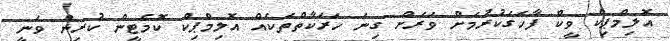
އޮލިމްޕިކް ވީކް ފާހަގަކުރުމަށް ވަރަށް ގިނަ ހަރަކާތްތަކެއް އޮލިމްޕިކް ކޮމެޓީން ކުރިން ވަނީ